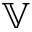
\mathbb { V }